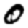
Digit: 0